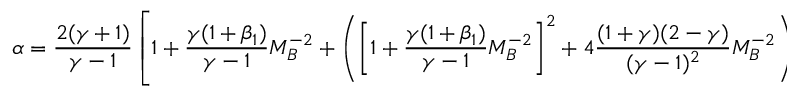
\alpha = \frac { 2 ( \gamma + 1 ) } { \gamma - 1 } \left[ 1 + \frac { \gamma ( 1 + \beta _ { 1 } ) } { \gamma - 1 } M _ { B } ^ { - 2 } + \left( \left[ 1 + \frac { \gamma ( 1 + \beta _ { 1 } ) } { \gamma - 1 } M _ { B } ^ { - 2 } \right] ^ { 2 } + 4 \frac { ( 1 + \gamma ) ( 2 - \gamma ) } { ( \gamma - 1 ) ^ { 2 } } M _ { B } ^ { - 2 } \right) ^ { 1 / 2 } \right] ^ { - 1 } \ .